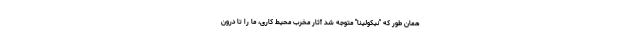
همان طور که "نیکولینا" متوجه شد آثار مخرب محیط کاری، ما را تا درون